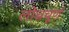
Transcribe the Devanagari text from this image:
लोध्रचूर्ण